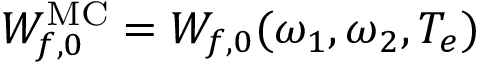
W _ { f , 0 } ^ { \mathrm { M C } } = W _ { f , 0 } ( \omega _ { 1 } , \omega _ { 2 } , T _ { e } )